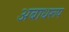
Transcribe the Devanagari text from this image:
अबाधरूप